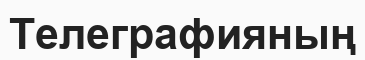
Телеграфияның